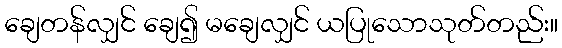
ချေတန်လျှင် ချေ၍ မချေလျှင် ယပြုသောသုတ်တည်း။